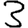
Digit: 3